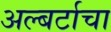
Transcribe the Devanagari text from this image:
अल्बर्टाचा